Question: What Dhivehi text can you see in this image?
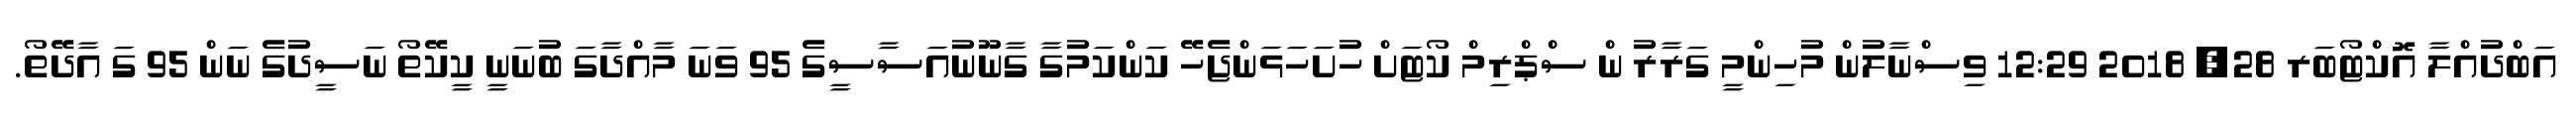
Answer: އަބްދުއްލާ އޮކްޓޯބަރ 28, 2018 12:29 ވިސްނާލުން މުހިންމީ ގަރާރު ން ސްޕްރިމް ކޯޓަށް ހުށަހަޅަންޖެހޭ ކަންކަމުގާ ގާނޫނުއަސާސީގެ 95 ވަނަ މާއްދާގަ ބުނަނީ ކީކޭތޯ ނަސީދުގެ ނަން 95 ގަ އާދޭތޯ.